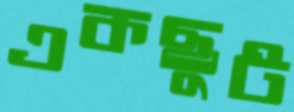
একছুট